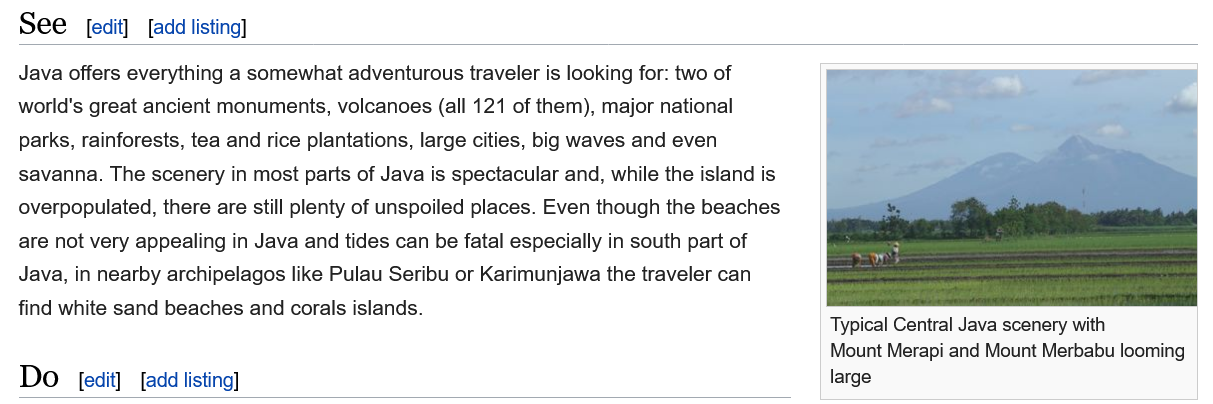
See    [edit] [add listing]
     areaereeren en Tt
     rer Leeioitionnie chet
     Typical Central Java scenery with
     Mount Merapi and Mount Merbabu looming
     large [edit] [add listing]
  Java offers everything a somewhat adventurous traveler is looking for: two of
  world's great ancient monuments, volcanoes (all 121 of them), major national
  parks, rainforests, tea and rice plantations, large cities, big waves and even
  savanna. The scenery in most parts of Java is spectacular and, while the island is
  overpopulated, there are still plenty of unspoiled places. Even though the beaches
  are not very appealing in Java and tides can be fatal especially in south part of
  Java, in nearby archipelagos like Pulau Seribu or Karimunjawa the traveler can
  find white sand beaches and corals islands.